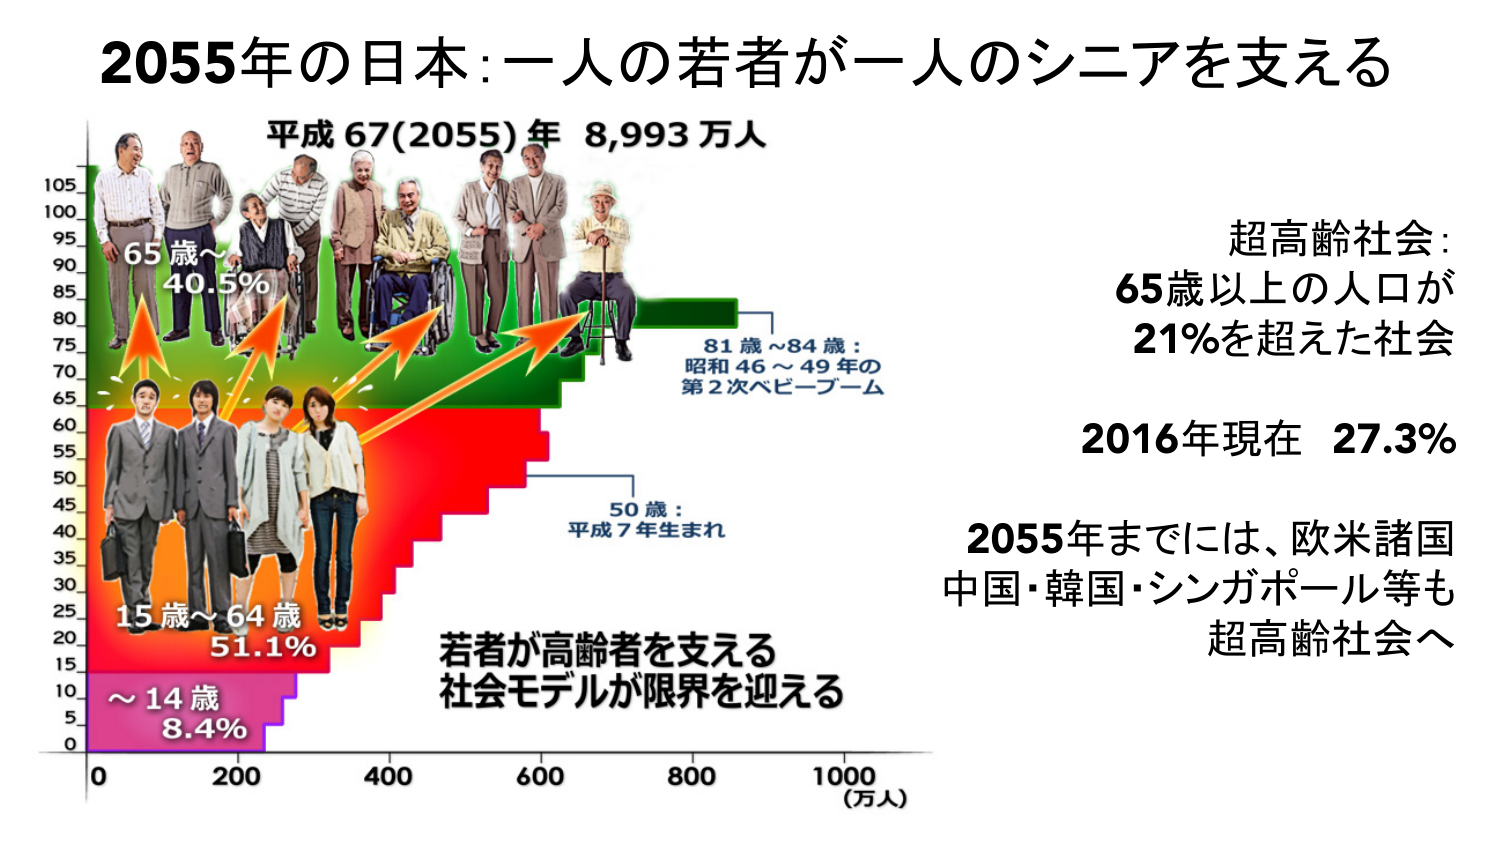
2055年の日本：一人の若者が一人のシニアを支える
平成67(2055)年 8,993万人
65歳～ 40.5%
15歳～64歳 51.1%
～14歳 8.4%
81歳～84歳：昭和46～49年の第2次ベビーブーム
50歳：平成7年生まれ
若者が高齢者を支える
社会モデルが限界を迎える
超高齢社会：65歳以上の人口が21%を超えた社会
2016年現在 27.3%
2055年までには、欧米諸国 中国・韓国・シンガポール等も超高齢社会へ
（万人）